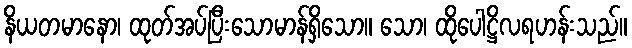
နိယတမာနော၊ ထုတ်အပ်ပြီးသောမာန်ရှိသော။ သော၊ ထိုပေါဋ္ဌိလရဟန်းသည်။